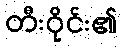
တီးဝိုင်း၏